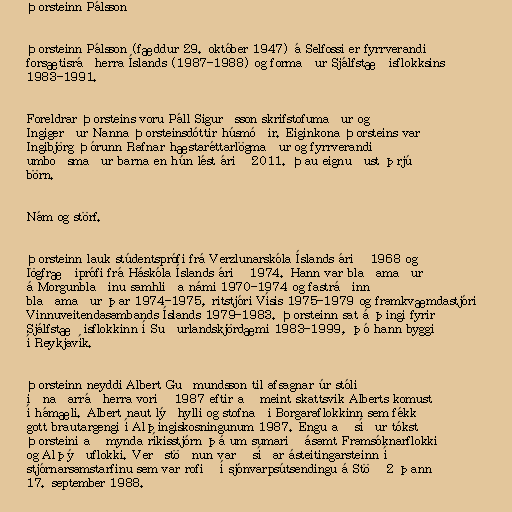
Þorsteinn Pálsson

Þorsteinn Pálsson (fæddur 29. október 1947) á Selfossi er fyrrverandi
forsætisráðherra Íslands (1987-1988) og formaður Sjálfstæðisflokksins
1983-1991.

Foreldrar Þorsteins voru Páll Sigurðsson skrifstofumaður og
Ingigerður Nanna Þorsteinsdóttir húsmóðir. Eiginkona Þorsteins var
Ingibjörg Þórunn Rafnar hæstaréttarlögmaður og fyrrverandi
umboðsmaður barna en hún lést árið 2011. Þau eignuðust þrjú
börn.

Nám og störf.

Þorsteinn lauk stúdentsprófi frá Verzlunarskóla Íslands árið 1968 og
lögfræðiprófi frá Háskóla Íslands árið 1974. Hann var blaðamaður
á Morgunblaðinu samhliða námi 1970-1974 og fastráðinn
blaðamaður þar 1974-1975, ritstjóri Vísis 1975-1979 og framkvæmdastjóri
Vinnuveitendasambands Íslands 1979-1983. Þorsteinn sat á þingi fyrir
Sjálfstæðisflokkinn í Suðurlandskjördæmi 1983-1999, þó hann byggi
í Reykjavík.

Þorsteinn neyddi Albert Guðmundsson til afsagnar úr stóli
iðnaðarráðherra vorið 1987 eftir að meint skattsvik Alberts komust
í hámæli. Albert naut lýðhylli og stofnaði Borgaraflokkinn sem fékk
gott brautargengi í Alþingiskosningunum 1987. Engu að síður tókst
Þorsteini að mynda ríkisstjórn þá um sumarið ásamt Framsóknarflokki
og Alþýðuflokki. Verðstöðnun varð síðar ásteitingarsteinn í
stjórnarsamstarfinu sem var rofið í sjónvarpsútsendingu á Stöð 2 þann
17. september 1988.